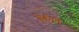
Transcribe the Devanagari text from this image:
जेर्डनने